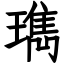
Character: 㻽